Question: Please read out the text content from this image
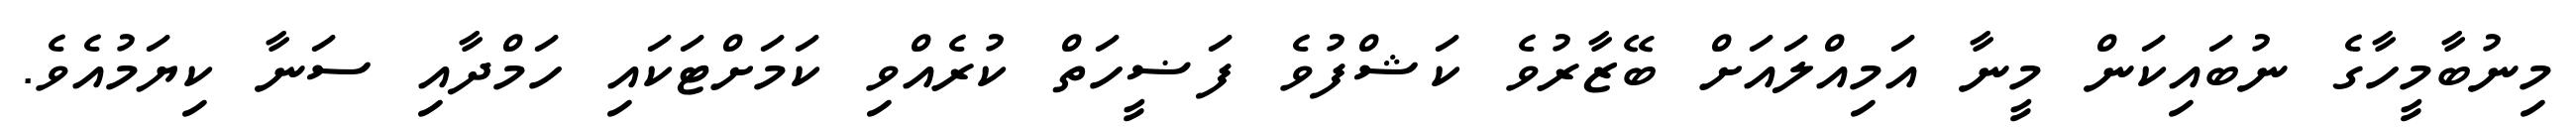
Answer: މިނުބާމީހާގެ ނުބައިކަން މީނާ އަމިއްލައަށް ބޭޒާރުވެ ކަޝްފުވެ ފަޟީހަތް ކުރެއްވި ކަމަށްޓަކައި ހަމްދާއި ސަނާ ކިޔަމުއެވެ.